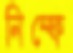
নিম্ফে